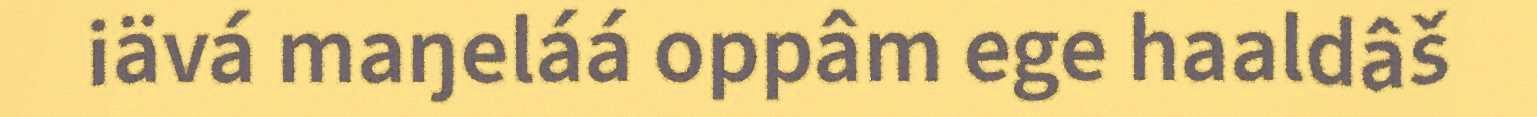
iävá maŋeláá oppâm ege haaldâš